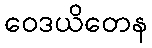
ဝေဒယိတေန